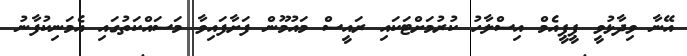
އޭނާ ވިދާޅުވީ ޕީޕީއެމް އިސްލާހު ކުރުމަށްޓަކައި ރައީސް މައުމޫން ފަށާފައިވާ މަސައްކަތުގައި އެމަނިކުފާނު